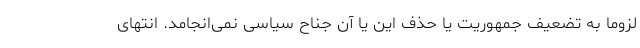
لزوماً به تضعیف جمهوریت یا حذف این یا آن جناح سیاسی نمی‌انجامد. انتهای